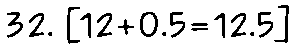
32. [12+0.5=12.5]